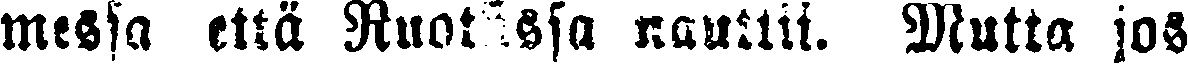
messa että Ruotsissa nauttii. Mutta jos